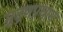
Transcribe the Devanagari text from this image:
मुद्रणप्रधान